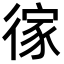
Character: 𢔻